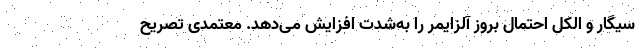
سیگار و الکل احتمال بروز آلزایمر را به‌شدت افزایش می‌دهد. معتمدی تصریح